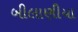
બીલાણીયા